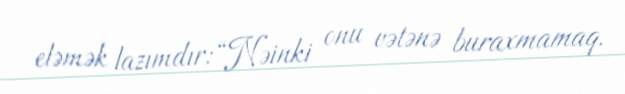
eləmək lazımdır: “Nəinki onu vətənə buraxmamaq.